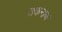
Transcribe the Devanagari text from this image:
तकनाक